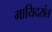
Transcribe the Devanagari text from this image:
मायिदरांत